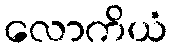
လောကိယံ